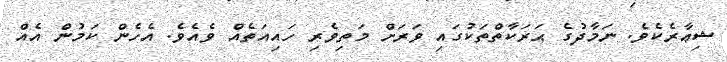
ޝިޢާރެކެވެ. ނަމާދުގެ ޙަރަކާތްތަކުގައި ވަރަށް މަތިވެރި ހައިއަތެއް ވެއެވެ. އެހެން ކަމުން އެއް